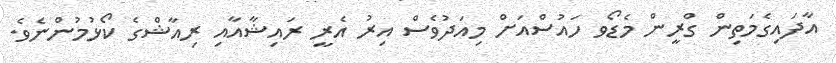
އާދައިގެމަތިން ގްރީން މެޑޯވ ހައުސްއަށް މިއަދުވެސް އިރު އެރީ ރައިޝާއާއި ރިއާޝްގެ ކޯޅުމުންނެވެ.